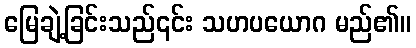
မြေချဲ့ခြင်းသည်၎င်း သဟပယောဂ မည်၏။